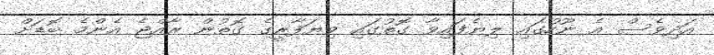
އަދިވެސް އެ ނޫހުގައި ލިޔެފައިވާ ގޮތުގައި ވިޔަފާރީގެ ގޮތުން ރާއްޖެ އެންމެ ބޮޑަށް